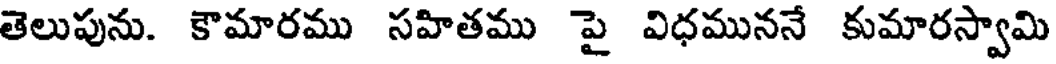
తెలుపును. కౌమారము సహితము పై విధముననే కుమారస్వామి